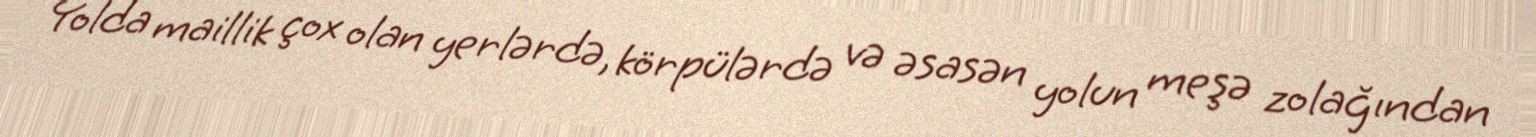
Yolda maillik çox olan yerlərdə, körpülərdə və əsasən yolun meşə zolağından